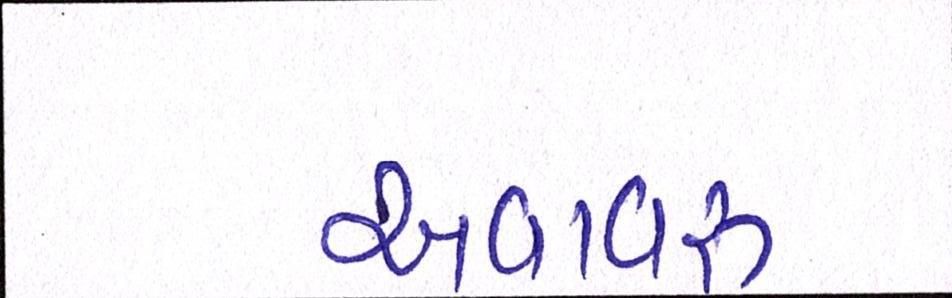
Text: અવાવરૂ